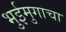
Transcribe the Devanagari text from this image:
भुईमुगाचा